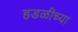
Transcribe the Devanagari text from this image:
हडळीच्या